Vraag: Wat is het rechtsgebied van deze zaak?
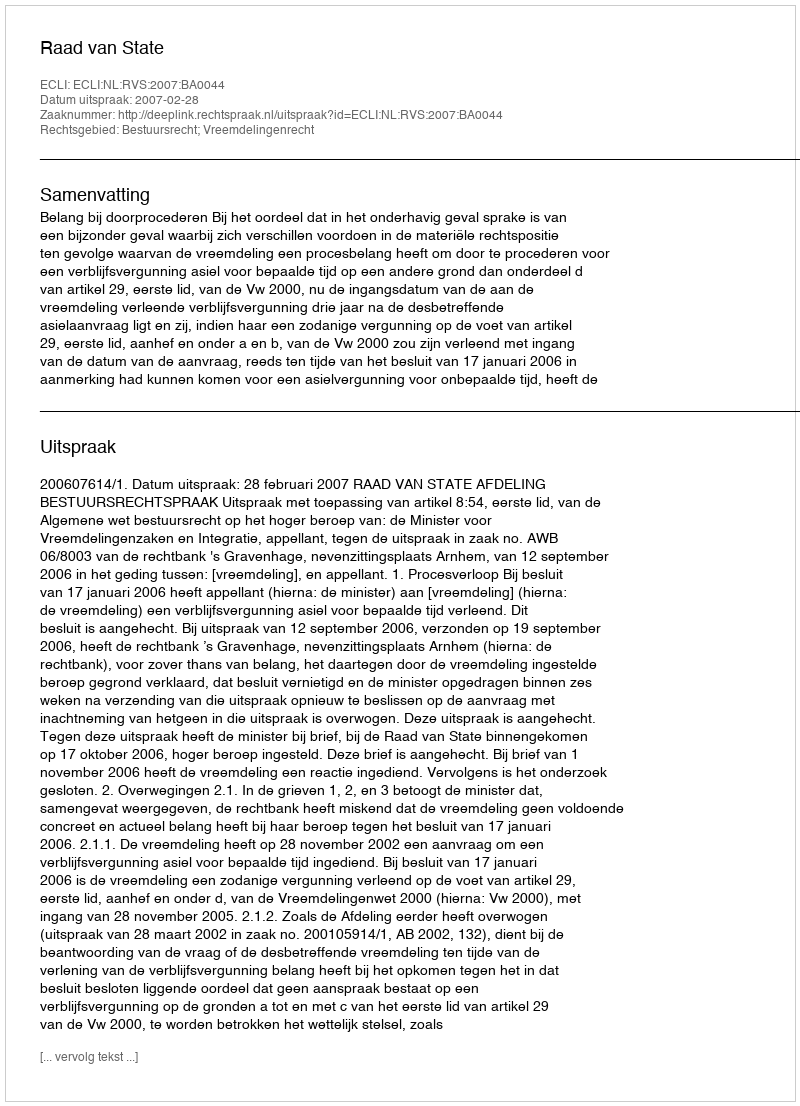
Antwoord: Bestuursrecht; Vreemdelingenrecht